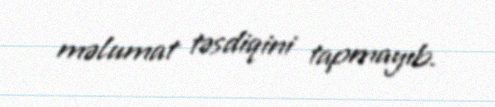
məlumat təsdiqini tapmayıb.